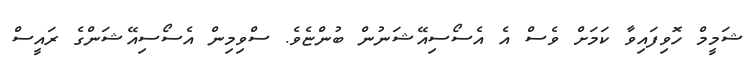
ޝަމީމް ހޮވިފައިވާ ކަމަށް ވެސް އެ އެސޯސިއޭޝަނުން ބުންޏެވެ. ސްވިމިން އެސޯސިއޭޝަންގެ ރައީސް